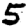
Digit: 5